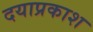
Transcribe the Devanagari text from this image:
दयाप्रकाश